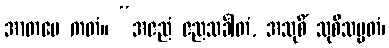
အာတပေ ကတံ။ “အဇညံ ဇညသင်္ခါတံ, အသုစိံ သုစိသမ္မတံ၊